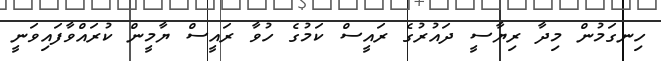
ހިނގަމުން މިދާ ރިޔާސީ ދައުރުގެ ރައީސް ކަމުގެ ހުވާ ރައީސް ޔާމީން ކުރައްވާފައިވަނީ